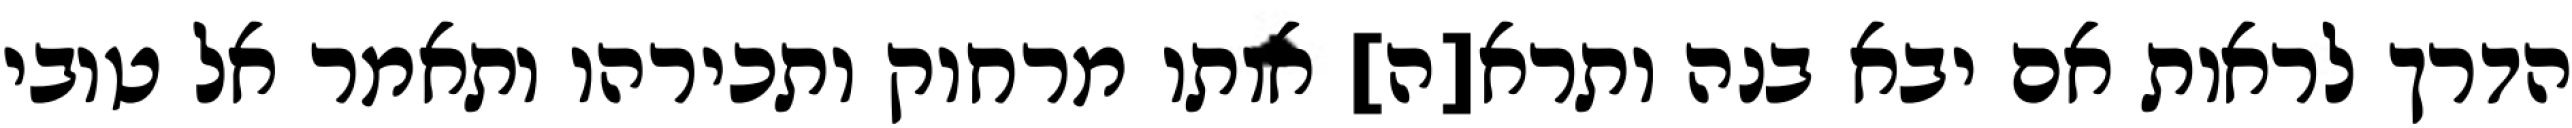
הדרך לראות אם יבא בנה ותרא[ה] אותו מרחוק ותכירהו ותאמר אל טובי